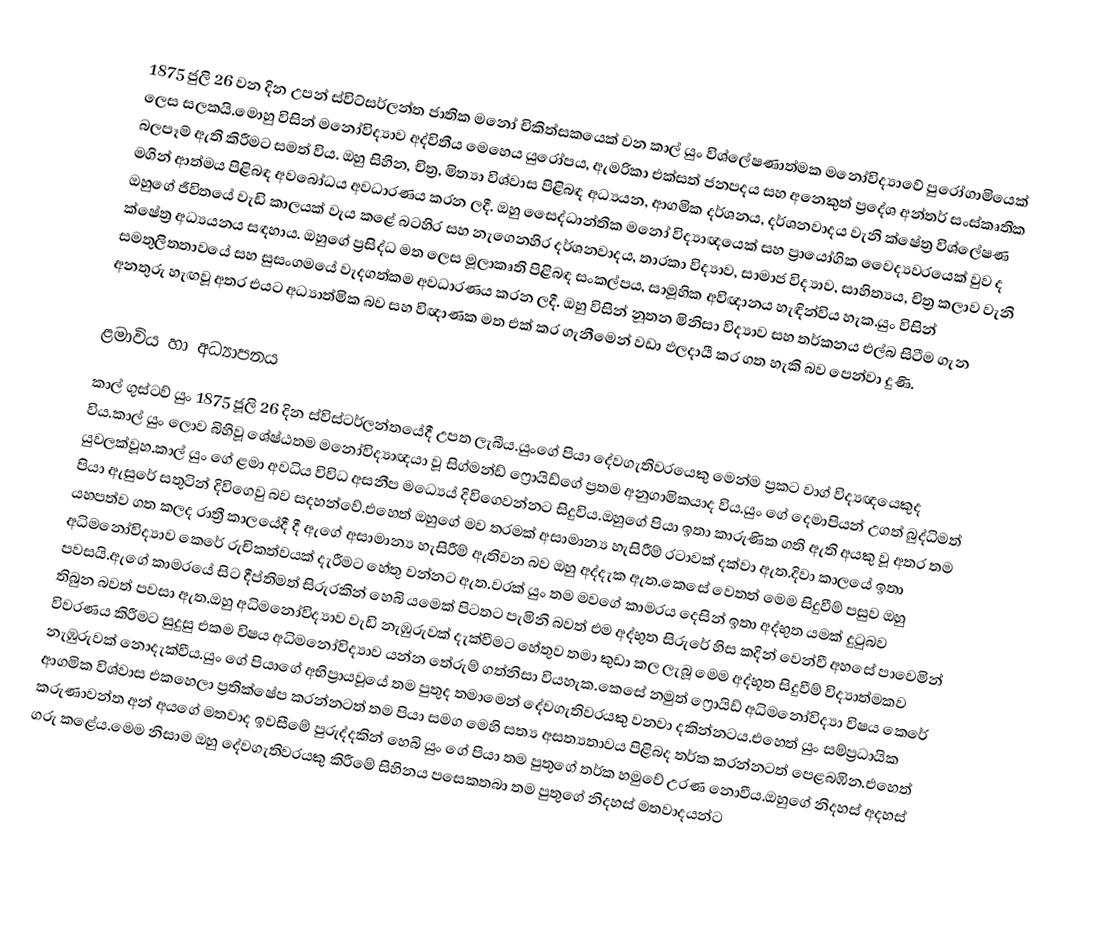
1875 ජුලි 26 වන දින උපන් ස්විට්සර්ලන්ත ජාතික මනෝ චිකිත්සකයෙක් වන කාල් යුං විශ්ලේෂණාත්මක මනෝවිද්‍යාවේ පුරෝගාමියෙක් ලෙස සලකයි.මොහු විසින් මනෝවිද්‍යාව අද්විතීය මෙහෙය යුරෝපය, ඇමරිකා එක්සත් ජනපදය සහ අනෙකුත් ප්‍රදේශ අන්තර් සංස්කෘතික බලපෑම් ඇති කිරීමට සමත් විය. ඔහු සිහින, චිත්‍ර, මිත්‍යා විශ්වාස පිළිබඳ අධ්‍යයන, ආගමික දර්ශනය, දර්ශනවාදය වැනි ක්ෂේත්‍ර විශ්ලේෂණ මගින් ආත්මය පිළිබඳ අවබෝධය අවධාරණය කරන ලදී. ඔහු සෛද්ධාන්තික මනෝ විද්‍යාඥයෙක් සහ ප්‍රායෝගික වෛද්‍යවරයෙක් වුව ද ඔහුගේ ජීවිතයේ වැඩි කාලයක් වැය කළේ බටහිර සහ නැගෙනහිර දර්ශනවාදය, තාරකා විද්‍යාව, සාමාජ විද්‍යාව, සාහිත්‍යය, චිත්‍ර කලාව වැනි ක්ෂේත්‍ර අධ්‍යයනය සඳහාය. ඔහුගේ ප්‍රසිද්ධ මත ලෙස මූලාකෘති පිළිබඳ සංකල්පය, සාමූහික අවිඥානය  හැඳින්විය හැක.යුං විසින් සමතුලිතතාවයේ සහ සුසංගමයේ වැදගත්කම අවධාරණය කරන ලදී. ඔහු විසින් නූතන මිනිසා විද්‍යාව සහ තර්කනය එල්බ ‍සිටීම ගැන අනතුරු හැඟවූ අතර එයට අධ්‍යාත්මික බව සහ විඥාණක මත එක් කර ගැනීමෙන් වඩා ඵලදායී කර ගත හැකි බව පෙන්වා දුණි.

ළමාවිය හා අධ්‍යාපනය
කාල් ගුස්ටව් යුං 1875 ජූලි 26 දින ස්විස්ටර්ලන්තයේදී උපත ලැබීය.යුංගේ පියා දේවගැතිවරයෙකු මෙන්ම ප්‍රකට වාග් විද්‍යඥයෙකුද විය.කාල් යුං ලොව බිහිවූ ශේෂ්ඨතම මනෝවිද්‍යාඥයා වූ සිග්මන්ඩ් ෆ්‍රොයිඩ්ගේ ප්‍රතම අනුගාමිකයාද විය.යුං ගේ දෙමාපියන් උගත් බුද්ධිමත් යුවලක්වූහ.කාල් යුං ගේ ළමා අවධිය විවිධ අසනීප මධ්‍යෙය් දිවිගෙවන්නට සිදුවිය.ඔහුගේ පියා ඉතා කාරුණික ගති ඇති අයකු වූ අතර තම පියා ඇසුරේ සතුටින් දිවිගෙවු බව සදහන්වේ.එහෙත් ඔහුගේ මව තරමක් අසාමාන්‍ය හැසිරීම් රටාවක් දක්වා ඇත.දිවා කාලයේ ඉතා යහපත්ව ගත කලද රාත්‍රී කාලයේදී දී ඇගේ අසාමාන්‍ය හැසිරීම් ඇතිවන බව ඔහු අද්දැක ඇත.කෙසේ වෙතත් මෙම සිදුවීම් පසුව ඔහු අධිමනෝවිද්‍යාව කෙරේ රුචිකත්වයක් දැරීමට හේතු වන්නට ඇත.වරක් යුං තම මවගේ කාමරය දෙසින් ඉතා අද්භුත යමක් දුටුබව පවසයි.ඇගේ කාමරයේ සිට දීප්තිමත් සිරුරකින් හෙබි යමෙක් පිටතට පැමිනි බවත් එම අද්භුත සිරුරේ හිස කදින් වෙන්වී අහසේ පාවෙමින් තිබුන බවත් පවසා ඇත.ඔහු අධිමනෝවිද්‍යාව වැඩි නැඹුරුවක් දැක්වීමට හේතුව තමා කුඩා කල ලැබූ මෙම අද්භූත සිදුවීම් විද්‍යාත්මකව විවරණය කිරීමට සුදුසු එකම විෂය අධිමනෝවිද්‍යාව යන්න තේරුම් ගත්නිසා වියහැක.කෙසේ නමුත් ෆ්‍රොයිඩ් අධිමනෝවිද්‍යා විෂය කෙරේ නැඹුරුවක් නොදැක්වීය.යුං ගේ පියාගේ අභිප්‍රායවූයේ තම පුතුද තමාමෙන් දේවගැතිවරයකු වනවා දකින්නටය.එහෙත් යුං සම්ප්‍රධායික ආගමික විශ්වාස එකහෙලා ප්‍රතික්ෂේප කරන්නටත් තම පියා සමග මෙහි සත්‍ය අසත්‍යතාවය පිළිබද තර්ක කරන්නටත් පෙළබඹින.එහෙත් කරුණාවන්ත අන් අයගේ මතවාද ඉවසීමේ පුරුද්දකින් හෙබි යුං ගේ පියා තම පුතුගේ තර්ක හමුවේ උරණ නොවීය.ඔහුගේ නිදහස් අදහස් ගරු කළේය.මෙම නිසාම ඔහු දේවගැතිවරයකු කිරීමේ සිහිනය පසෙකතබා තම පුතුගේ නිදහස් මතවාදයන්ට